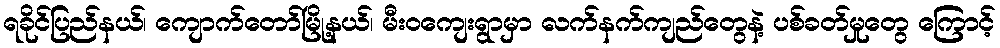
ရခိုင်ပြည်နယ်၊ ကျောက်တော်မြို့နယ်၊ မီးဝကျေးရွာမှာ လက်နက်ကျည်တွေနဲ့ ပစ်ခတ်မှုတွေ ကြောင့်